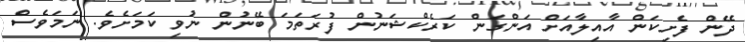
ދޭން ފެށިކަން އާއިލާއަށް އަންގަން ކަރެކްޝަނުން ފުރަތަމަ ބޭނުން ނުވި ކަމަށެވެ. ނަމަވެސް